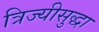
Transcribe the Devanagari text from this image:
त्रिज्यीसुद्धा